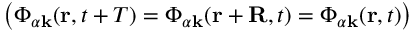
\big ( \Phi _ { \alpha \mathbf { k } } ( \mathbf { r } , t + T ) = \Phi _ { \alpha \mathbf { k } } ( \mathbf { r + R } , t ) = \Phi _ { \alpha \mathbf { k } } ( \mathbf { r } , t ) \big )